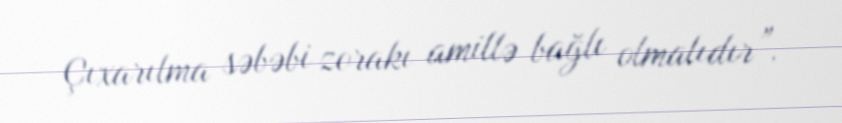
Çıxarılma səbəbi zorakı amillə bağlı olmalıdır”.